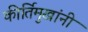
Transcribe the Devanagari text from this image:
कीर्तिमुखांनी